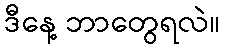
ဒီနေ့ ဘာတွေရလဲ။